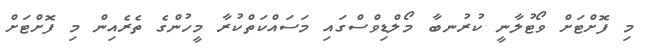
މި ފޮށްޓަށް ވޯޓުލާނީ ކުރުނބާ މޯލްޑިވްސްގައި މަސައްކަތްކުރާ މީހުންގެ ތެރެއިން މި ފޮށްޓަށް